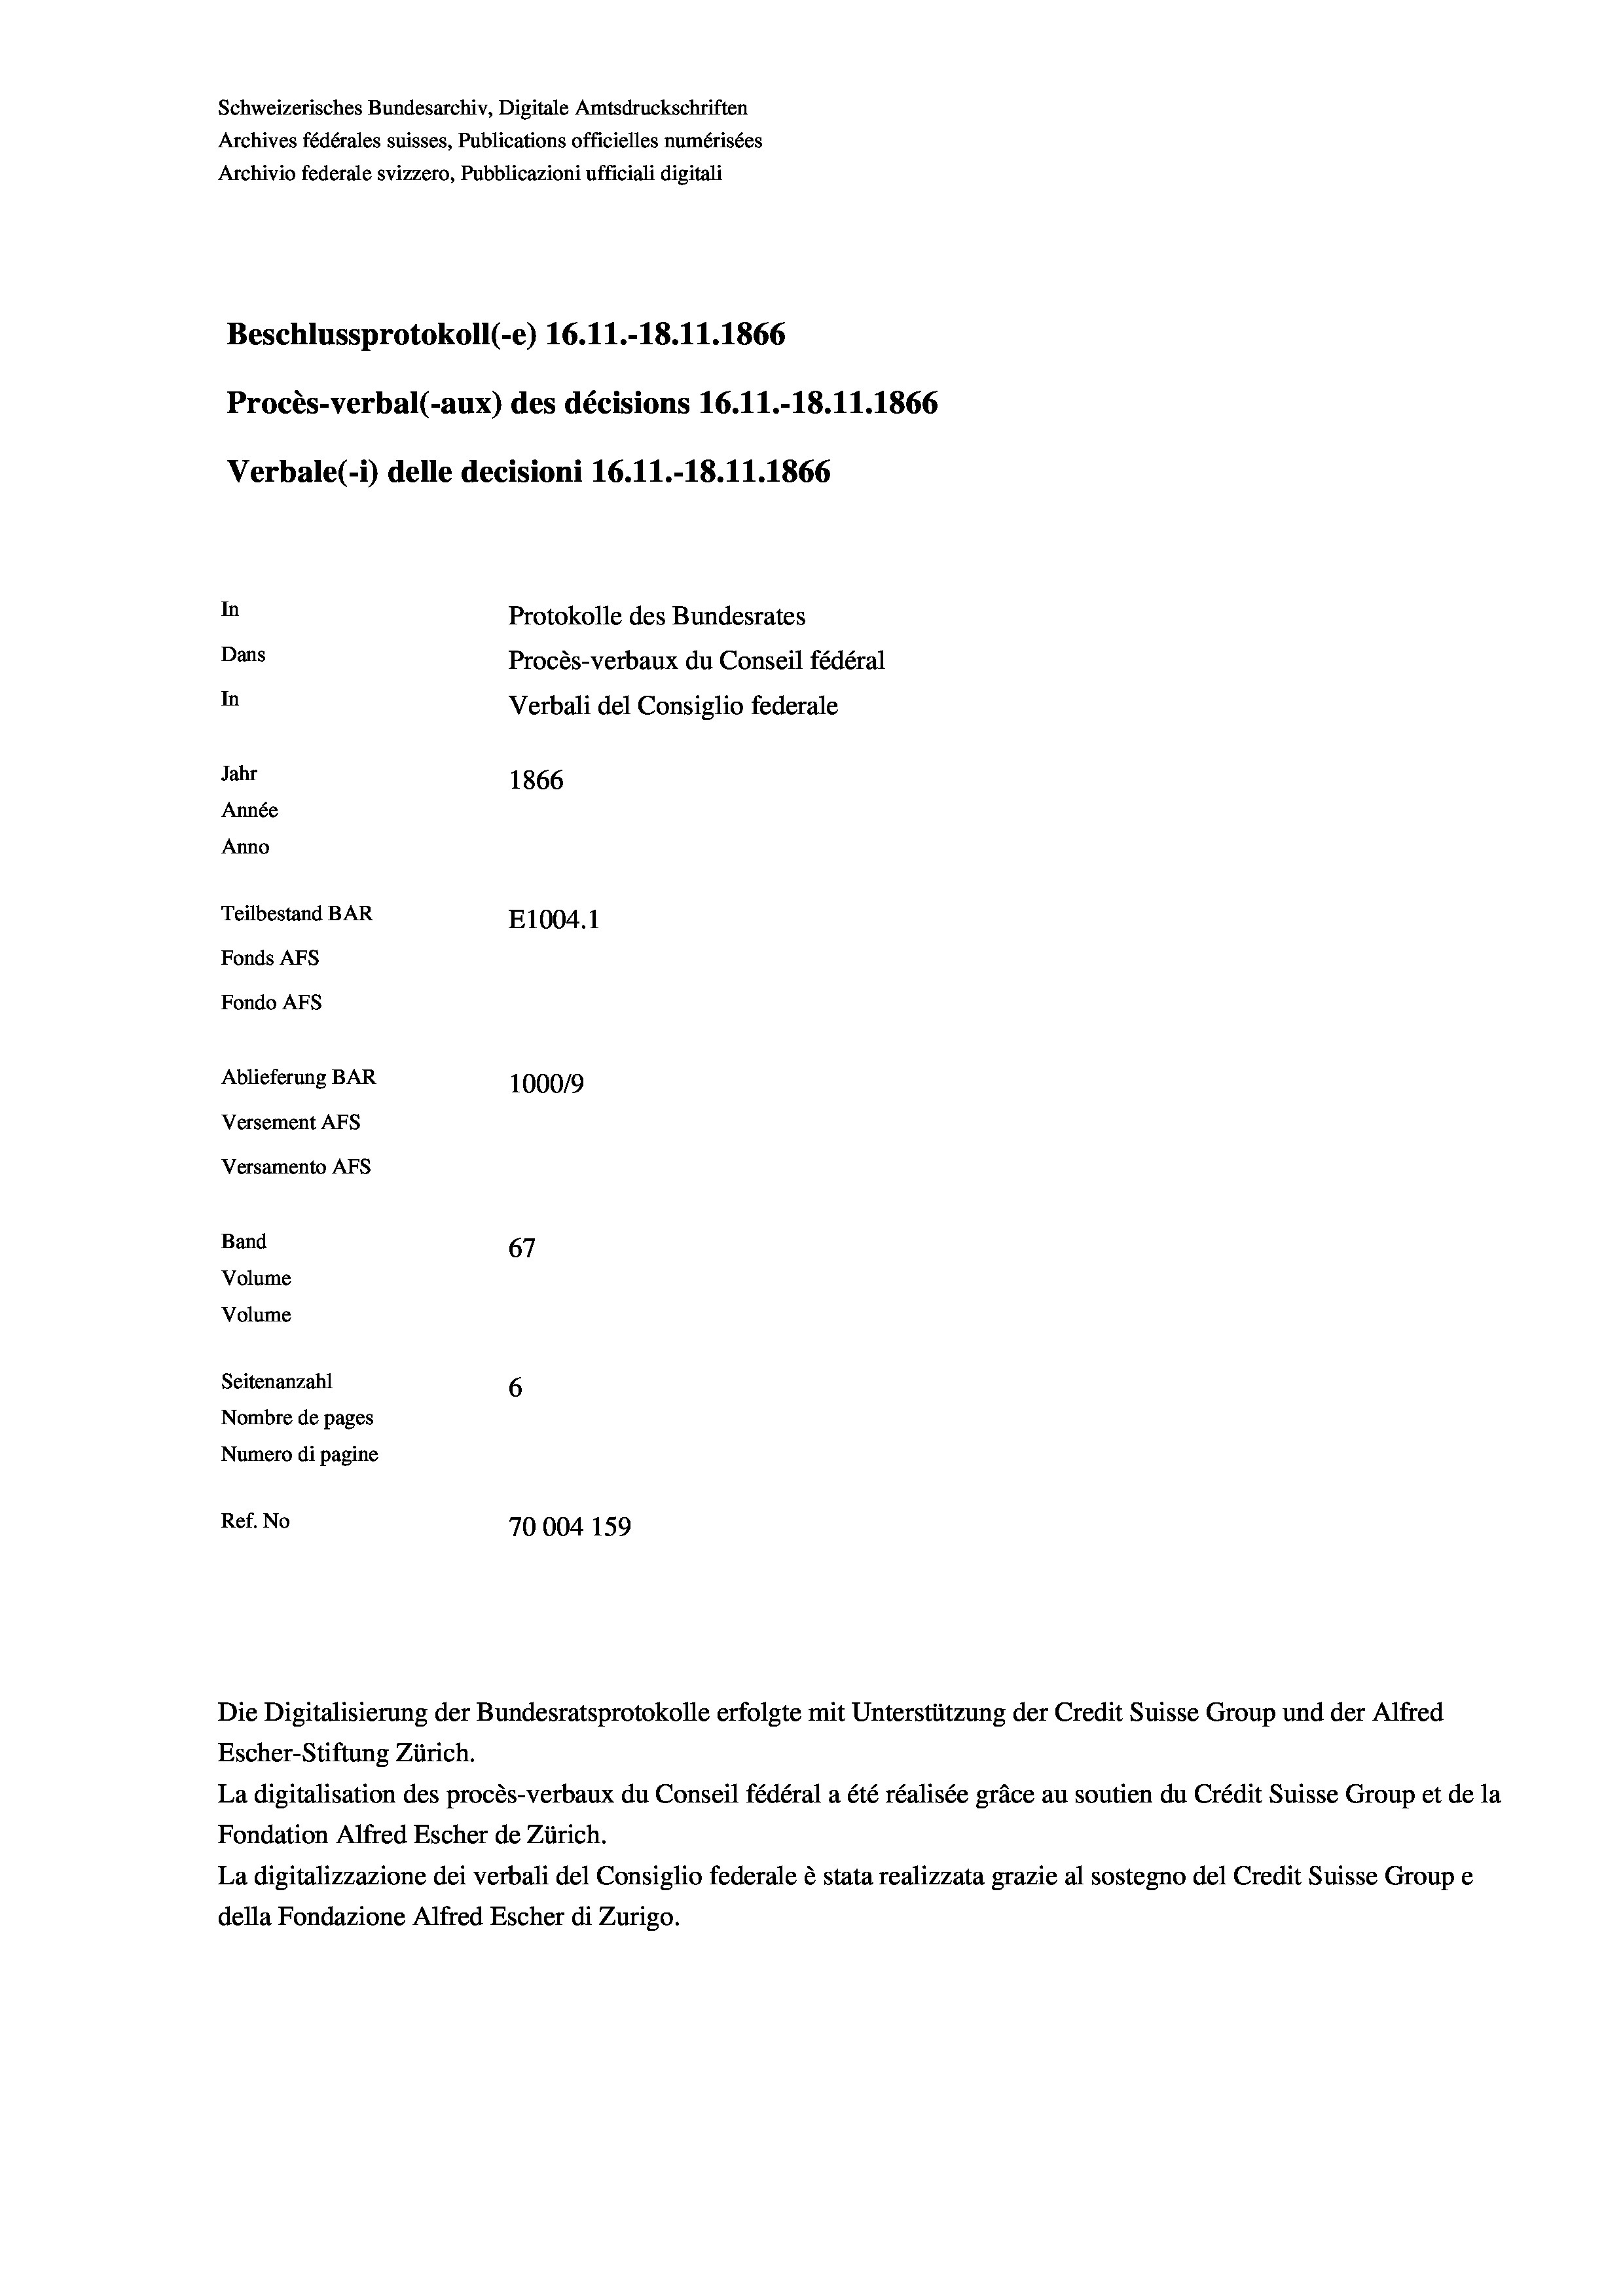
Schweizerisches Bundesarchiv, Digitale Amtsdruckschriften
Archives fédérales suisses, Publications officielles numérisées
Archivio federale svizzero, Pubblicazioni ufficiali digitali
Beschlussprotokoll (-e) 16.11.-18.11.1866
Procès-verbal (-aux) des décisions 16.11.-18.11.1866
Verbale (i) delle decisioni 16.11.-18.11.1866
In
Protokolle des Bundesrates
Dans
Procès-verbaux du Conseil fédéral
In
Verbali del Consiglio federale
Jahr
1866
Année
Anno
Teilbestand BAR
E1004.1
Fonds AFs
Fondo Afs
Ablieferung BAR
100019
Versement AFs
Versamento Afs

Band
Volume
Volume

67
Seitenanzahl
6
Nombre de pages
Numero di pagine
Ref. No
70004 159

Escher-Stiftung Zürich.
La digitalisation des procès-verbaux du Conseil fédéral a été réalisée gräce au soutien du Crédit Suisse Group et de la
Fondation Alfred Escher de Zürich.
La digitalizzazione dei verbali del Consiglio federale è stata realizzata grazie al sostegno del Credit Suisse Groupe
della Fondazione Alfred Escher di Zurigo.

Die Digitalisierung der Bundesratsprotokolle erfolgte mit Unterstützung der Credit Suisse Group und der Alfred